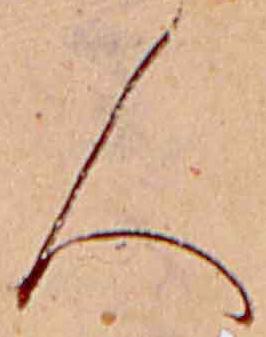
人